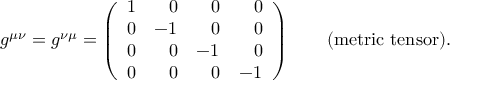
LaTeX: g ^ { \mu \nu } = g ^ { \nu \mu } = \left( \begin{array} { l l l l } { { 1 } } & { { \; \; \; 0 } } & { { \; \; \; 0 } } & { { \; \; \; 0 } } \\ { { 0 } } & { { - 1 } } & { { \; \; \; 0 } } & { { \; \; \; 0 } } \\ { { 0 } } & { { \; \; \; 0 } } & { { - 1 } } & { { \; \; \; 0 } } \\ { { 0 } } & { { \; \; \; 0 } } & { { \; \; \; 0 } } & { { - 1 } } \end{array} \right) \qquad \mathrm { ( m e t r i c ~ t e n s o r ) . }